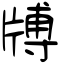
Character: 牔